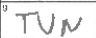
Transcription: TUN